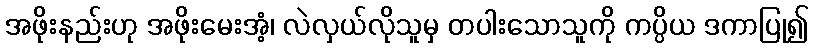
အဖိုးနည်းဟု အဖိုးမေးအံ့၊ လဲလှယ်လိုသူမှ တပါးသောသူကို ကပ္ပိယ ဒကာပြု၍